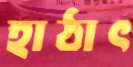
হাঠাৎ